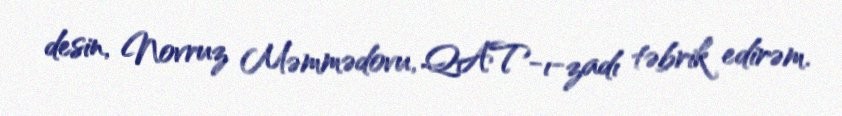
desin, Novruz Məmmədovu, QAT-ı-zadı təbrik edirəm.